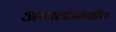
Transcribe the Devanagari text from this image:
आयलंडमधील